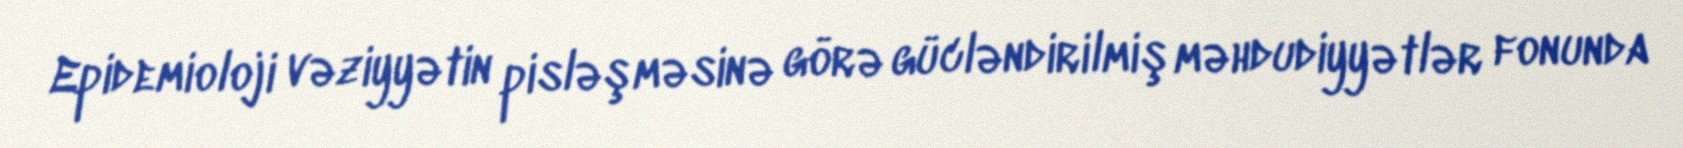
Epidemioloji vəziyyətin pisləşməsinə görə gücləndirilmiş məhdudiyyətlər fonunda